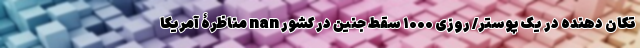
تکان ‌دهنده در یک پوستر/ روزی ۱۰۰۰ سقط جنین در کشور nan مناظرۀ آمریکا